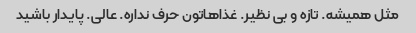
مثل همیشه. تازه و بی نظیر. غذاهاتون حرف نداره. عالی. پایدار باشید